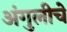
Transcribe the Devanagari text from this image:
अंगुलीचे